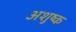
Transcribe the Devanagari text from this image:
अशुष्क